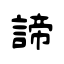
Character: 諦